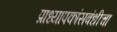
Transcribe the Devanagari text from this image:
प्राध्यापकांसबंधीचा